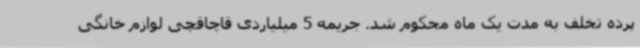
پرده تخلف به مدت یک ماه محکوم شد. جریمه 5 میلیاردی قاچاقچی لوازم خانگی